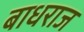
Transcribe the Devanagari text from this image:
बाधराज